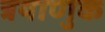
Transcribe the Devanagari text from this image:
त्रयाणुक